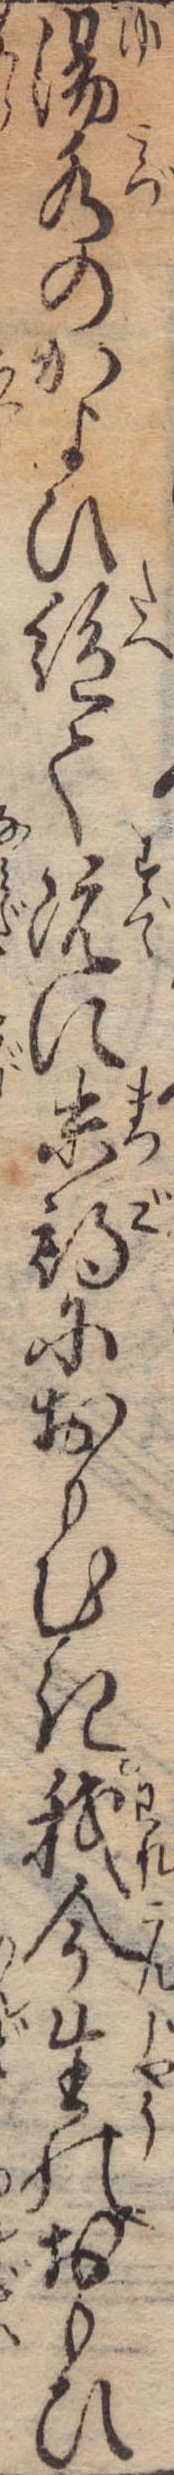
湯水のかよひ絶て既に末期におもむき我今生のおもひ